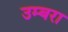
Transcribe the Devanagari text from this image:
उम्बरा